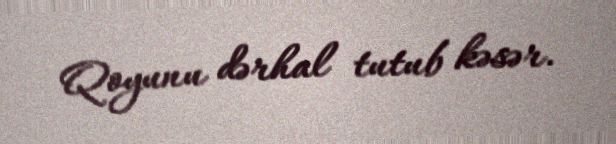
Qoyunu dərhal tutub kəsər.